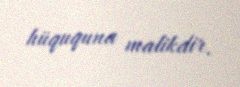
hüququna malikdir.